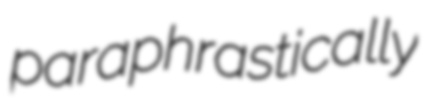
paraphrastically